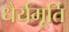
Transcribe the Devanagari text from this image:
धैर्यमूर्ति